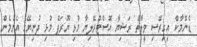
ޑެންމާކް އިގިރޭސި ވީލާތް ރަޝިޔާ އޮސްޓްރޭލިޔާ މުޅި ޔޫރަޕް މުޅި ދުނިޔޭގެ އެންމެން